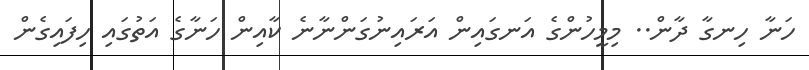
ހަނާ ހިނގާ ދާން.. މިމީހުންގެ އަނގައިން އަރައިނުގަންނާނެ ކާއިން ހަނާގެ އަތުގައި ހިފައިގެން